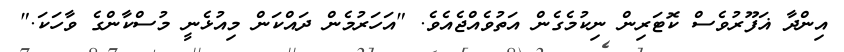
އިންދާ ޣަފޫރުވެސް ކޮޓަރިން ނިކުމެގެން އަތުވެއްޖެއެވެ. "އަހަރުމެން ދައްކަން މިއުޅެނީ މުސްކާންގެ ވާހަކަ."